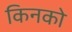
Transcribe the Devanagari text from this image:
किनको